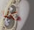
هكذا